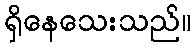
ရှိနေသေးသည်။